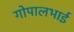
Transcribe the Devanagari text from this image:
गोपालभाई